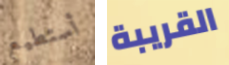
أستطيع القريبة